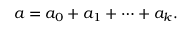
a = a _ { 0 } + a _ { 1 } + \cdots + a _ { k } .